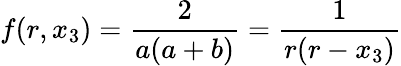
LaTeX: f(r,x_{3})=\frac 2{a(a+b)}=\frac 1{r(r-x_{3})}